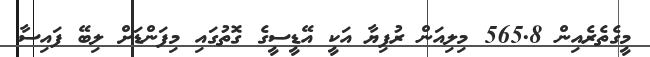
މީގެތެރެއިން 565.8 މިލިއަން ރުފިޔާ އަކީ އޭޑީސީގެ ގޮތުގައި މިފަންޑަށް ލިބޭ ފައިސާ